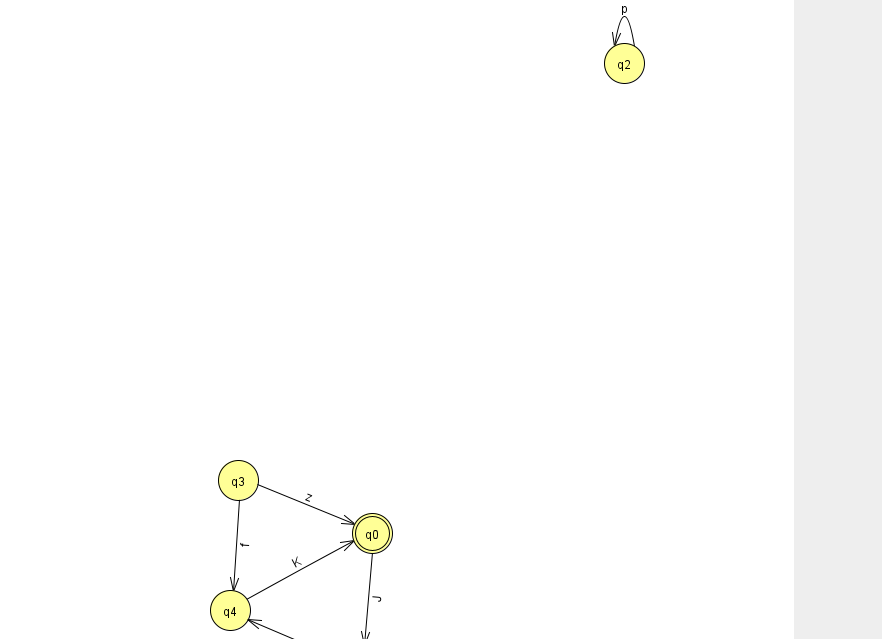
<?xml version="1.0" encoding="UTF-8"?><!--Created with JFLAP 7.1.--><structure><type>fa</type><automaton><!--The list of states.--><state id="0" name="q0"><x>372.0</x><y>520.0</y><final/></state><state id="1" name="q1"><x>360.0</x><y>651.0</y><initial/></state><state id="2" name="q2"><x>624.0</x><y>50.0</y></state><state id="3" name="q3"><x>238.0</x><y>467.0</y></state><state id="4" name="q4"><x>230.0</x><y>597.0</y></state><!--The list of transitions.--><transition><from>2</from><to>2</to><read>p</read></transition><transition><from>3</from><to>0</to><read>z</read></transition><transition><from>1</from><to>4</to><read>Z</read></transition><transition><from>4</from><to>0</to><read>K</read></transition><transition><from>0</from><to>1</to><read>J</read></transition><transition><from>3</from><to>4</to><read>f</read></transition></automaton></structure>